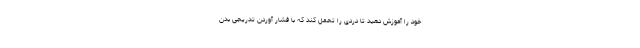
خود را آموزش دهید تا دردی را تحمل کند که با فشار آوردن تدریجی بدن